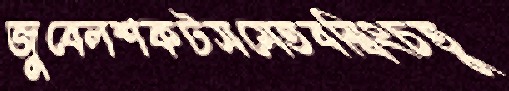
জুবেলশকটসমেতবম্বিংচতু